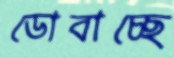
ডোবাচ্ছে